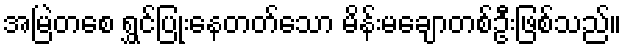
အမြဲတစေ ရွှင်ပြုံးနေတတ်သော မိန်းမချောတစ်ဦးဖြစ်သည်။